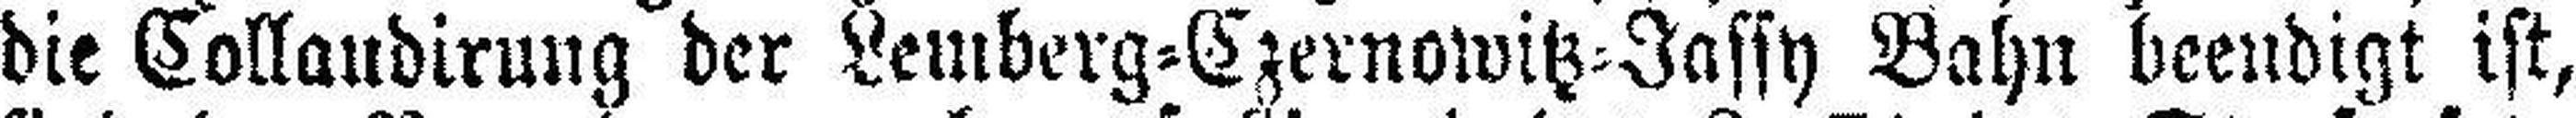
die Collaudirung der Lemberg=Czernowitz=Jassy Bahn beendigt ist,